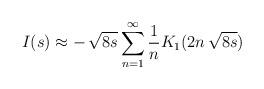
LaTeX: \begin{align*}I(s) \approx -\,\sqrt{8s} \sum_{n=1}^{\infty} {1 \over n} K_1(2n\,\sqrt{8s})\end{align*}